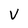
Character: v